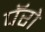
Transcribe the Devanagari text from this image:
पॅरो